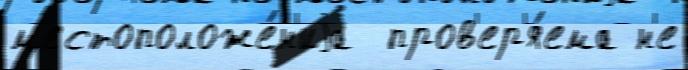
м'естоположе́н'иjа  пров'ер'я́ема н'е